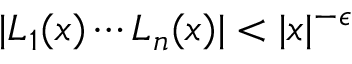
| L _ { 1 } ( x ) \cdots L _ { n } ( x ) | < | x | ^ { - \epsilon }